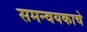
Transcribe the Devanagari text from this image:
समन्वयकाचे